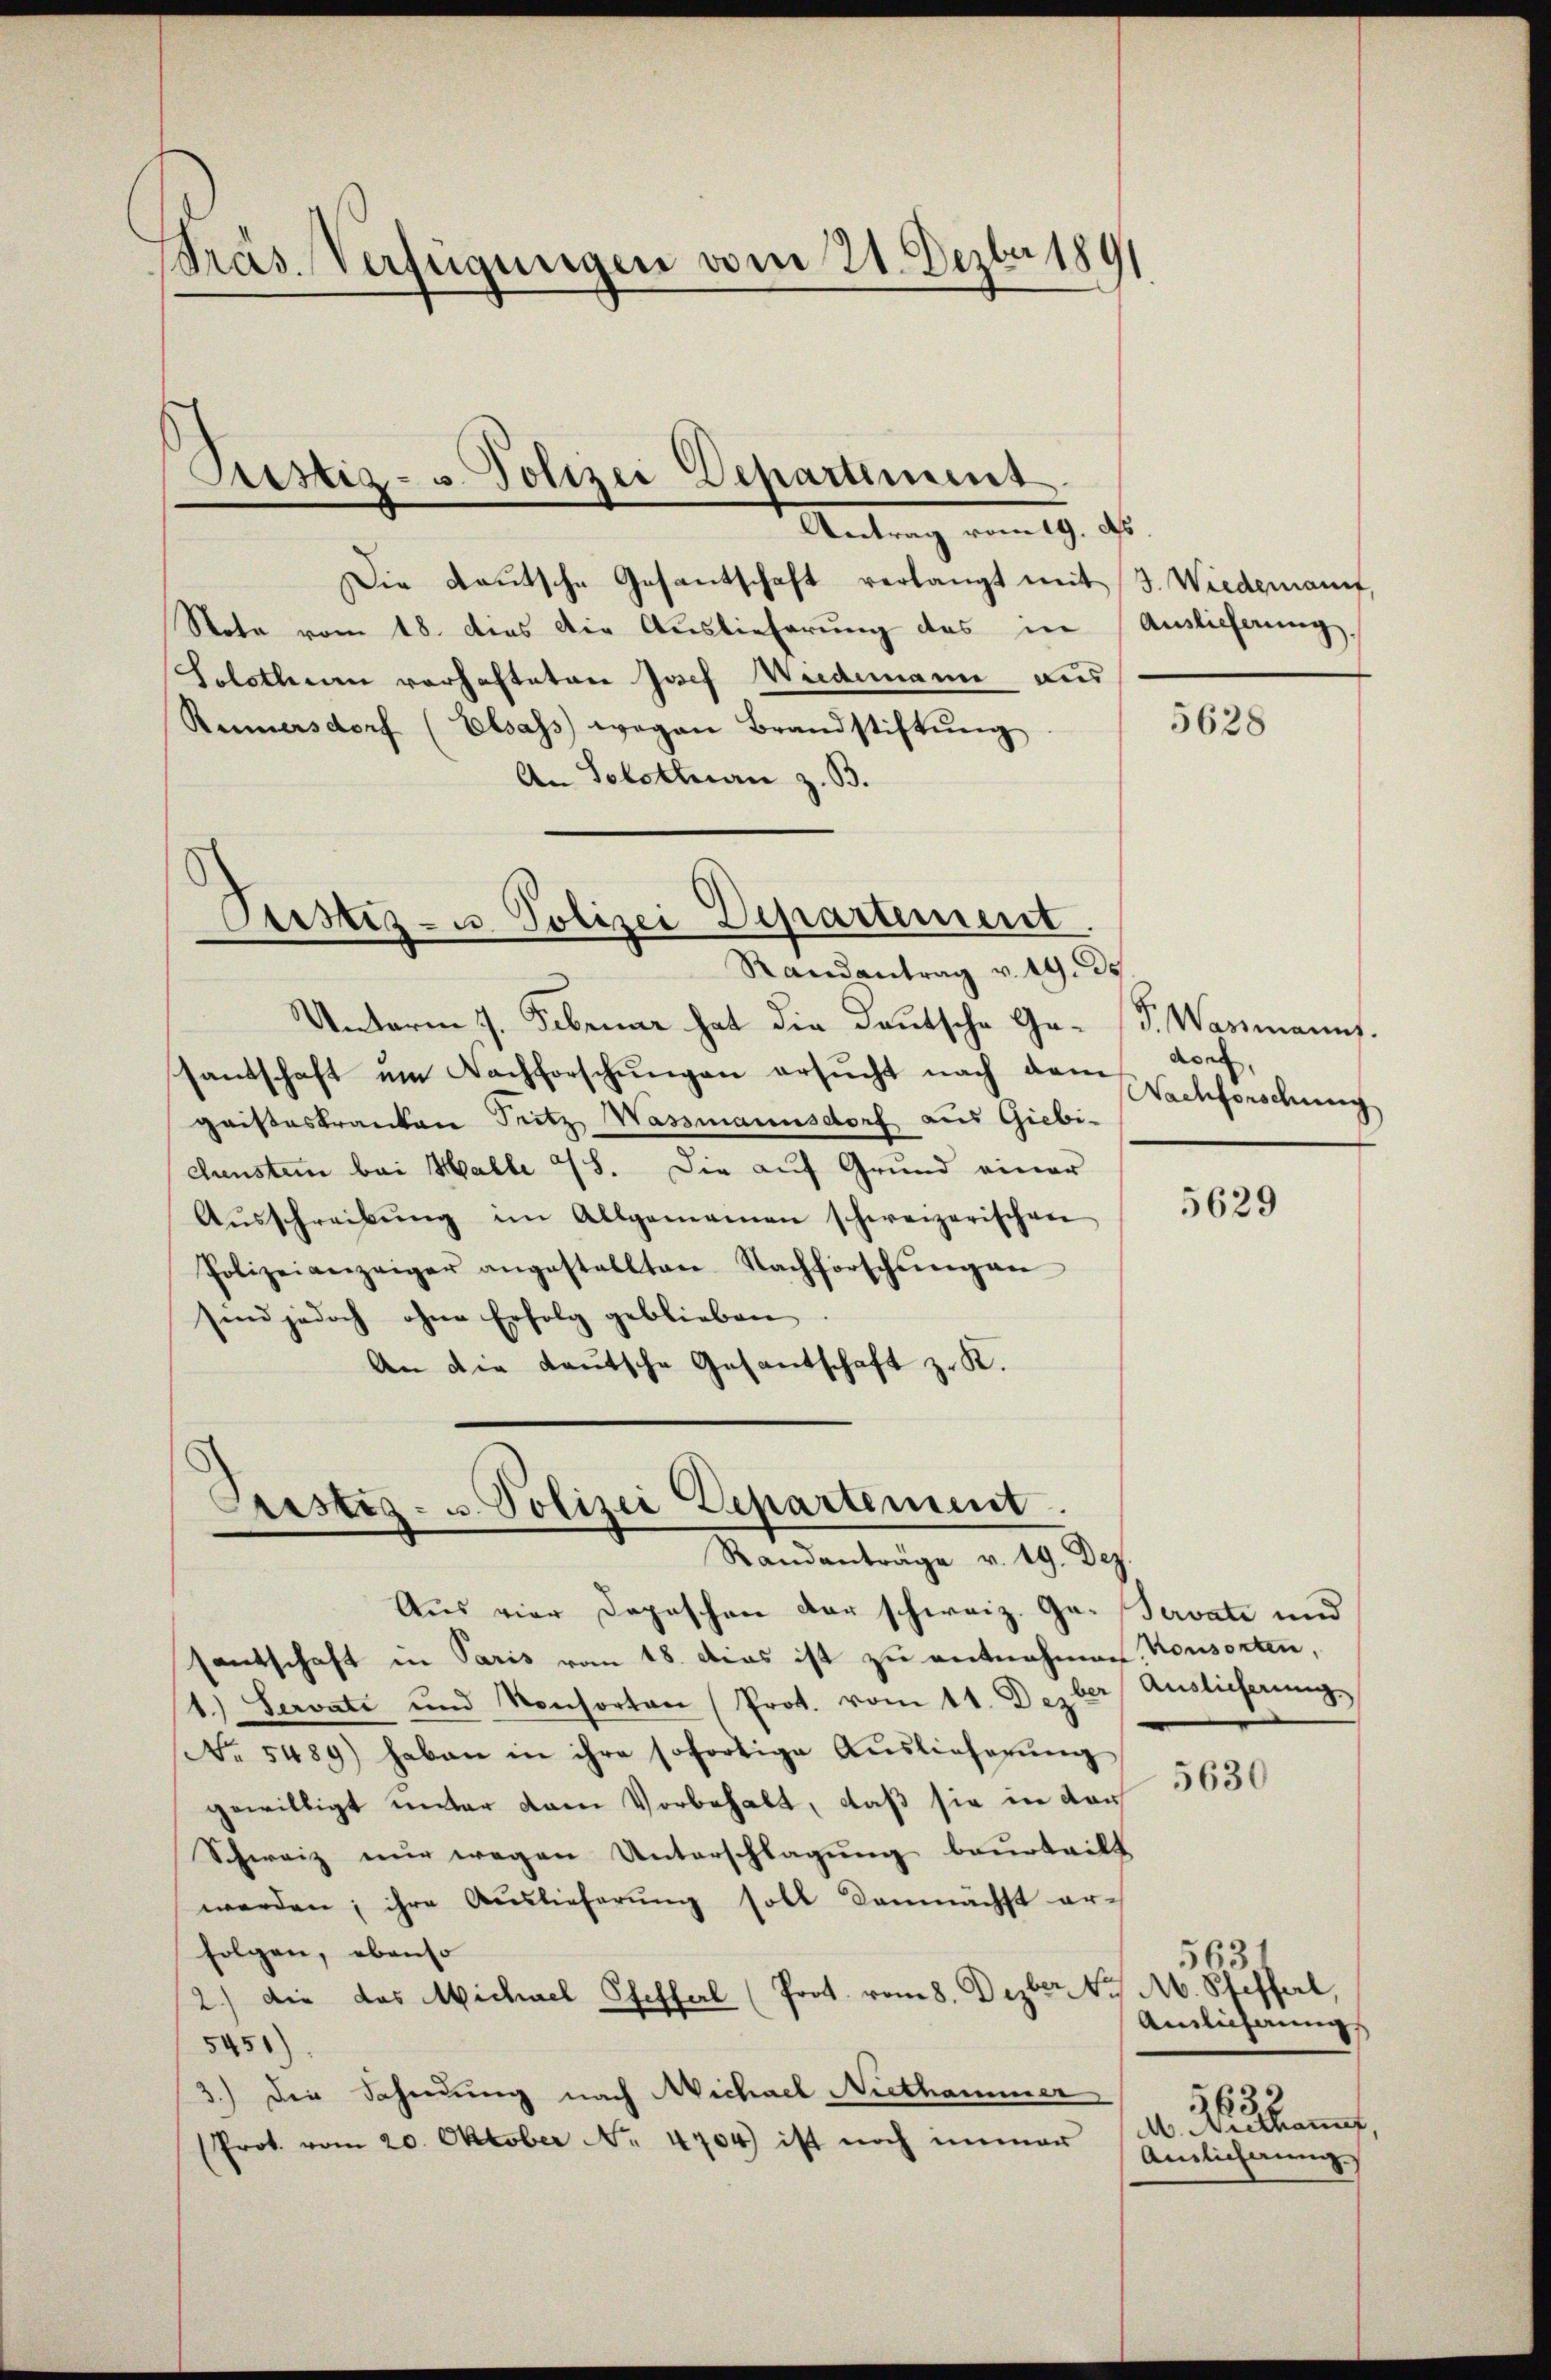
Präs. Verfügungen vom 21. Dezbr 189

Piustiz- u Polizei Departiment
.

Pustes- u. Polizei Departement.

Antrag vom 19. ds.
Die Deutsche Gesantschaft verlangt mit
Nota vom 18. dies die Auslieferung des in
Solothum vorhafteten Josef Widemann aus
Rumersdorf (Elsass wegen Brandstiftung
An Solothurn z. B.
Randantrag v. 19. ds
Unterm 7. Februar hat die Deutsche Gesantschaft um Dachforschungen ersucht nach dem
gaisteskranken Seitz Wassmannsdorf aus Giebi-
dunstein bei Halle 48. Die auf Grund einer
Aŭsschreibŭng im Allgemeinen schweizerischen
Polizeianzeiger angestellten Nachforschŭngen
sind jedoch ohne Erfolg geblieben
An die Lautsche Gesantschaft z. K.
Sistis- u. Polizei Departement
Randanträge v. 19. Dez.
Aus vier Depeschen der schweiz. Gesantschaft in Paris vom 18. Das ist zu entnahmen. Konsorten,
1.) Servati und Konsorten (Prot. vom 11. Dezber
No. 5489) haben in ihre sofortige Auslieferung
gewilligt unter dem Vorbehalt, daß sie in dar
Schweiz nur wegen Unterschlagung beurteilt
werden; ihre Auslieferung soll demnächst ar-
folgen, ebenso
2.) Die das Michael Pfefferl (Prot. vom 8. Dezbr. 1. M. Pfefferl,
5451)
3.) Die Schndung nach Michael Niethammer
(Prot. vom 20. Oktober Nr. 4704) ist noch immer

3. Wiedernannt,
Ainlicherung,

5628

F. Warmanns.
don
Nachforschung

5629

Servate und
Auslicherung
5630

5631
Ainlichung
A. Wo kannt
Ainlicherung